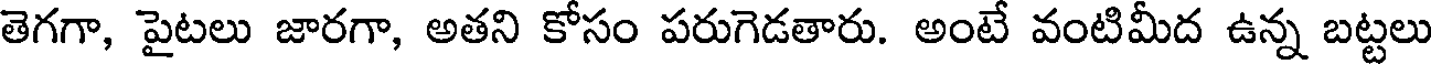
తెగగా, పైటలు జారగా, అతని కోసం పరుగెడతారు. అంటే వంటిమీద ఉన్న బట్టలు